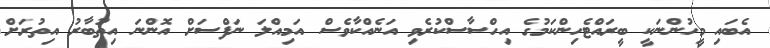
އެބައި މީހުންނަކީ ބީރައްޓެހިންކަމުގެ އިހްސާސްކުރެވި އަނެއްކާވެސް އަމިއްލަ ނަފްސަށް އޮންނަ އިތުބާރު އިތުރަށް